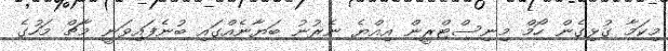
މިކަމާ ގުޅިގެން ހޯމް މިނިސްޓްރީން އިއްޔެ ނެރުނު ބަޔާނެއްގައި ބުނެފައިވަނީ މާޗް މަހުގެ